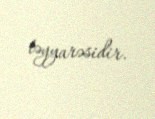
təyyarəsidir.